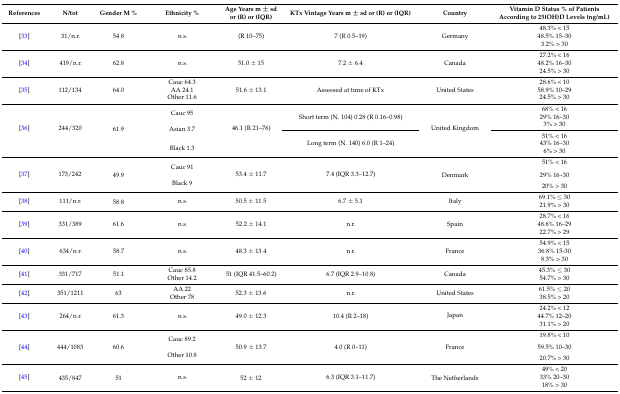
<table><thead><tr><td><b>References</b></td><td><b>N/tot</b></td><td><b>Gender M %</b></td><td><b>Ethnicity %</b></td><td><b>Age Years m ± sd or (R) or (IQR)</b></td><td><b>KTx Vintage Years m ± sd or (R) or (IQR)</b></td><td><b>Country</b></td><td><b>Vitamin D Status % of Patients According to 25(OH)D Levels (ng/mL)</b></td></tr></thead><tbody><tr><td rowspan="3">[33]</td><td rowspan="3">31/n.r.</td><td rowspan="3">54.8</td><td rowspan="3">n.s.</td><td rowspan="3">(R 10–75)</td><td rowspan="3">7 (R 0.5–19)</td><td rowspan="3">Germany</td><td>48.3% &lt; 15</td></tr><tr><td>48.5% 15–30</td></tr><tr><td>3.2% &gt; 30</td></tr><tr><td rowspan="3">[34]</td><td rowspan="3">419/n.r.</td><td rowspan="3">62.8</td><td rowspan="3">n.s.</td><td rowspan="3">51.0 ± 15</td><td rowspan="3">7.2 ± 6.4</td><td rowspan="3">Canada</td><td>27.2% &lt; 16</td></tr><tr><td>48.2% 16–30</td></tr><tr><td>24.5% &gt; 30</td></tr><tr><td rowspan="3">[35]</td><td rowspan="3">112/134</td><td rowspan="3">64.0</td><td>Cauc 64.3</td><td rowspan="3">51.6 ± 13.1</td><td rowspan="3">Assessed at time of KTx</td><td rowspan="3">United States</td><td>28.6% &lt; 10</td></tr><tr><td>AA 24.1</td><td>58.9% 10–29</td></tr><tr><td>Other 11.6</td><td>24.5% &gt; 30</td></tr><tr><td rowspan="6">[36]</td><td rowspan="6">244/320</td><td rowspan="6">61.9</td><td rowspan="2">Cauc 95</td><td rowspan="6">46.1 (R 21–76)</td><td rowspan="3">Short term (N. 104) 0.28 (R 0.16–0.98)</td><td rowspan="6">United Kingdom</td><td>68% &lt; 16</td></tr><tr><td>29% 16–30</td></tr><tr><td rowspan="2">Asian 3.7</td><td>3% &gt; 30</td></tr><tr><td rowspan="3">Long term (N. 140) 6.0 (R 1–24)</td><td>51% &lt; 16</td></tr><tr><td rowspan="2">Black 1.3</td><td>43% 16–30</td></tr><tr><td>6% &gt; 30</td></tr><tr><td rowspan="4">[37]</td><td rowspan="4">173/242</td><td rowspan="4">49.9</td><td rowspan="2">Cauc 91</td><td rowspan="4">53.4 ± 11.7</td><td rowspan="4">7.4 (IQR 3.3–12.7)</td><td rowspan="4">Denmark</td><td>51% &lt; 16</td></tr><tr><td rowspan="2">29% 16–30</td></tr><tr><td rowspan="2">Black 9</td></tr><tr><td>20% &gt; 30</td></tr><tr><td rowspan="2">[38]</td><td rowspan="2">111/n.r.</td><td rowspan="2">58.8</td><td rowspan="2">n.s.</td><td rowspan="2">50.5 ± 11.5</td><td rowspan="2">6.7 ± 5.1</td><td rowspan="2">Italy</td><td>69.1% ≤ 30</td></tr><tr><td>21.9% &gt; 30</td></tr><tr><td rowspan="3">[39]</td><td rowspan="3">331/389</td><td rowspan="3">61.6</td><td rowspan="3">n.s.</td><td rowspan="3">52.2 ± 14.1</td><td rowspan="3">n.r.</td><td rowspan="3">Spain</td><td>28.7% &lt; 16</td></tr><tr><td>48.6% 16–29</td></tr><tr><td>22.7% &gt; 29</td></tr><tr><td rowspan="3">[40]</td><td rowspan="3">634/n.r.</td><td rowspan="3">58.7</td><td rowspan="3">n.s.</td><td rowspan="3">48.3 ± 13.4</td><td rowspan="3">n.r.</td><td rowspan="3">France</td><td>54.9% &lt; 15</td></tr><tr><td>36.8% 15-30</td></tr><tr><td>8.3% &gt; 30</td></tr><tr><td rowspan="2">[41]</td><td rowspan="2">331/717</td><td rowspan="2">51.1</td><td>Cauc 85.8</td><td rowspan="2">51 (IQR 41.5–60.2)</td><td rowspan="2">6.7 (IQR 2.9–10.8)</td><td rowspan="2">Canada</td><td>45.3% ≤ 30</td></tr><tr><td>Other 14.2</td><td>54.7% &gt; 30</td></tr><tr><td rowspan="2">[42]</td><td rowspan="2">351/1211</td><td rowspan="2">63</td><td>AA 22</td><td rowspan="2">52.3 ± 13.6</td><td rowspan="2">n.r.</td><td rowspan="2">United States</td><td>61.5% ≤ 20</td></tr><tr><td>Other 78</td><td>38.5% &gt; 20</td></tr><tr><td rowspan="3">[43]</td><td rowspan="3">264/n.r.</td><td rowspan="3">61.3</td><td rowspan="3">n.s.</td><td rowspan="3">49.0 ± 12.3</td><td rowspan="3">10.4 (R 2–18)</td><td rowspan="3">Japan</td><td>24.2% &lt; 12</td></tr><tr><td>44.7% 12–20</td></tr><tr><td>31.1% &gt; 20</td></tr><tr><td rowspan="4">[44]</td><td rowspan="4">444/1083</td><td rowspan="4">60.6</td><td rowspan="2">Cauc 89.2</td><td rowspan="4">50.9 ± 13.7</td><td rowspan="4">4.0 (R 0–11)</td><td rowspan="4">France</td><td>19.8% &lt; 10</td></tr><tr><td rowspan="2">59.5% 10–30</td></tr><tr><td rowspan="2">Other 10.8</td></tr><tr><td>20.7% &gt; 30</td></tr><tr><td rowspan="3">[45]</td><td rowspan="3">435/847</td><td rowspan="3">51</td><td rowspan="3">n.s.</td><td rowspan="3">52 ± 12</td><td rowspan="3">6.3 (IQR 3.1–11.7)</td><td rowspan="3">The Netherlands</td><td>49% &lt; 20</td></tr><tr><td>33% 20–30</td></tr><tr><td>18% &gt; 30</td></tr></tbody></table>